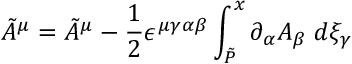
\tilde { { \cal A } } ^ { \mu } = \tilde { A } ^ { \mu } - \frac { 1 } { 2 } \epsilon ^ { \mu \gamma \alpha \beta } \int _ { \tilde { P } } ^ { x } \partial _ { \alpha } A _ { \beta } \; d \xi _ { \gamma }